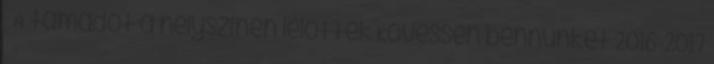
– A támadót a helyszínen lelőtték Kövessen bennünket 2016-2017